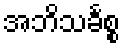
အဘိသင်္ခစ္စ